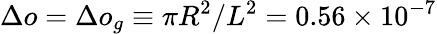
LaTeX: \Delta o=\Delta o_{g}\equiv\pi R^{2}/L^{2}=0.56\times 10^{-7}